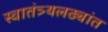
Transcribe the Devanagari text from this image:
स्वातंत्र्यलढ्यांत